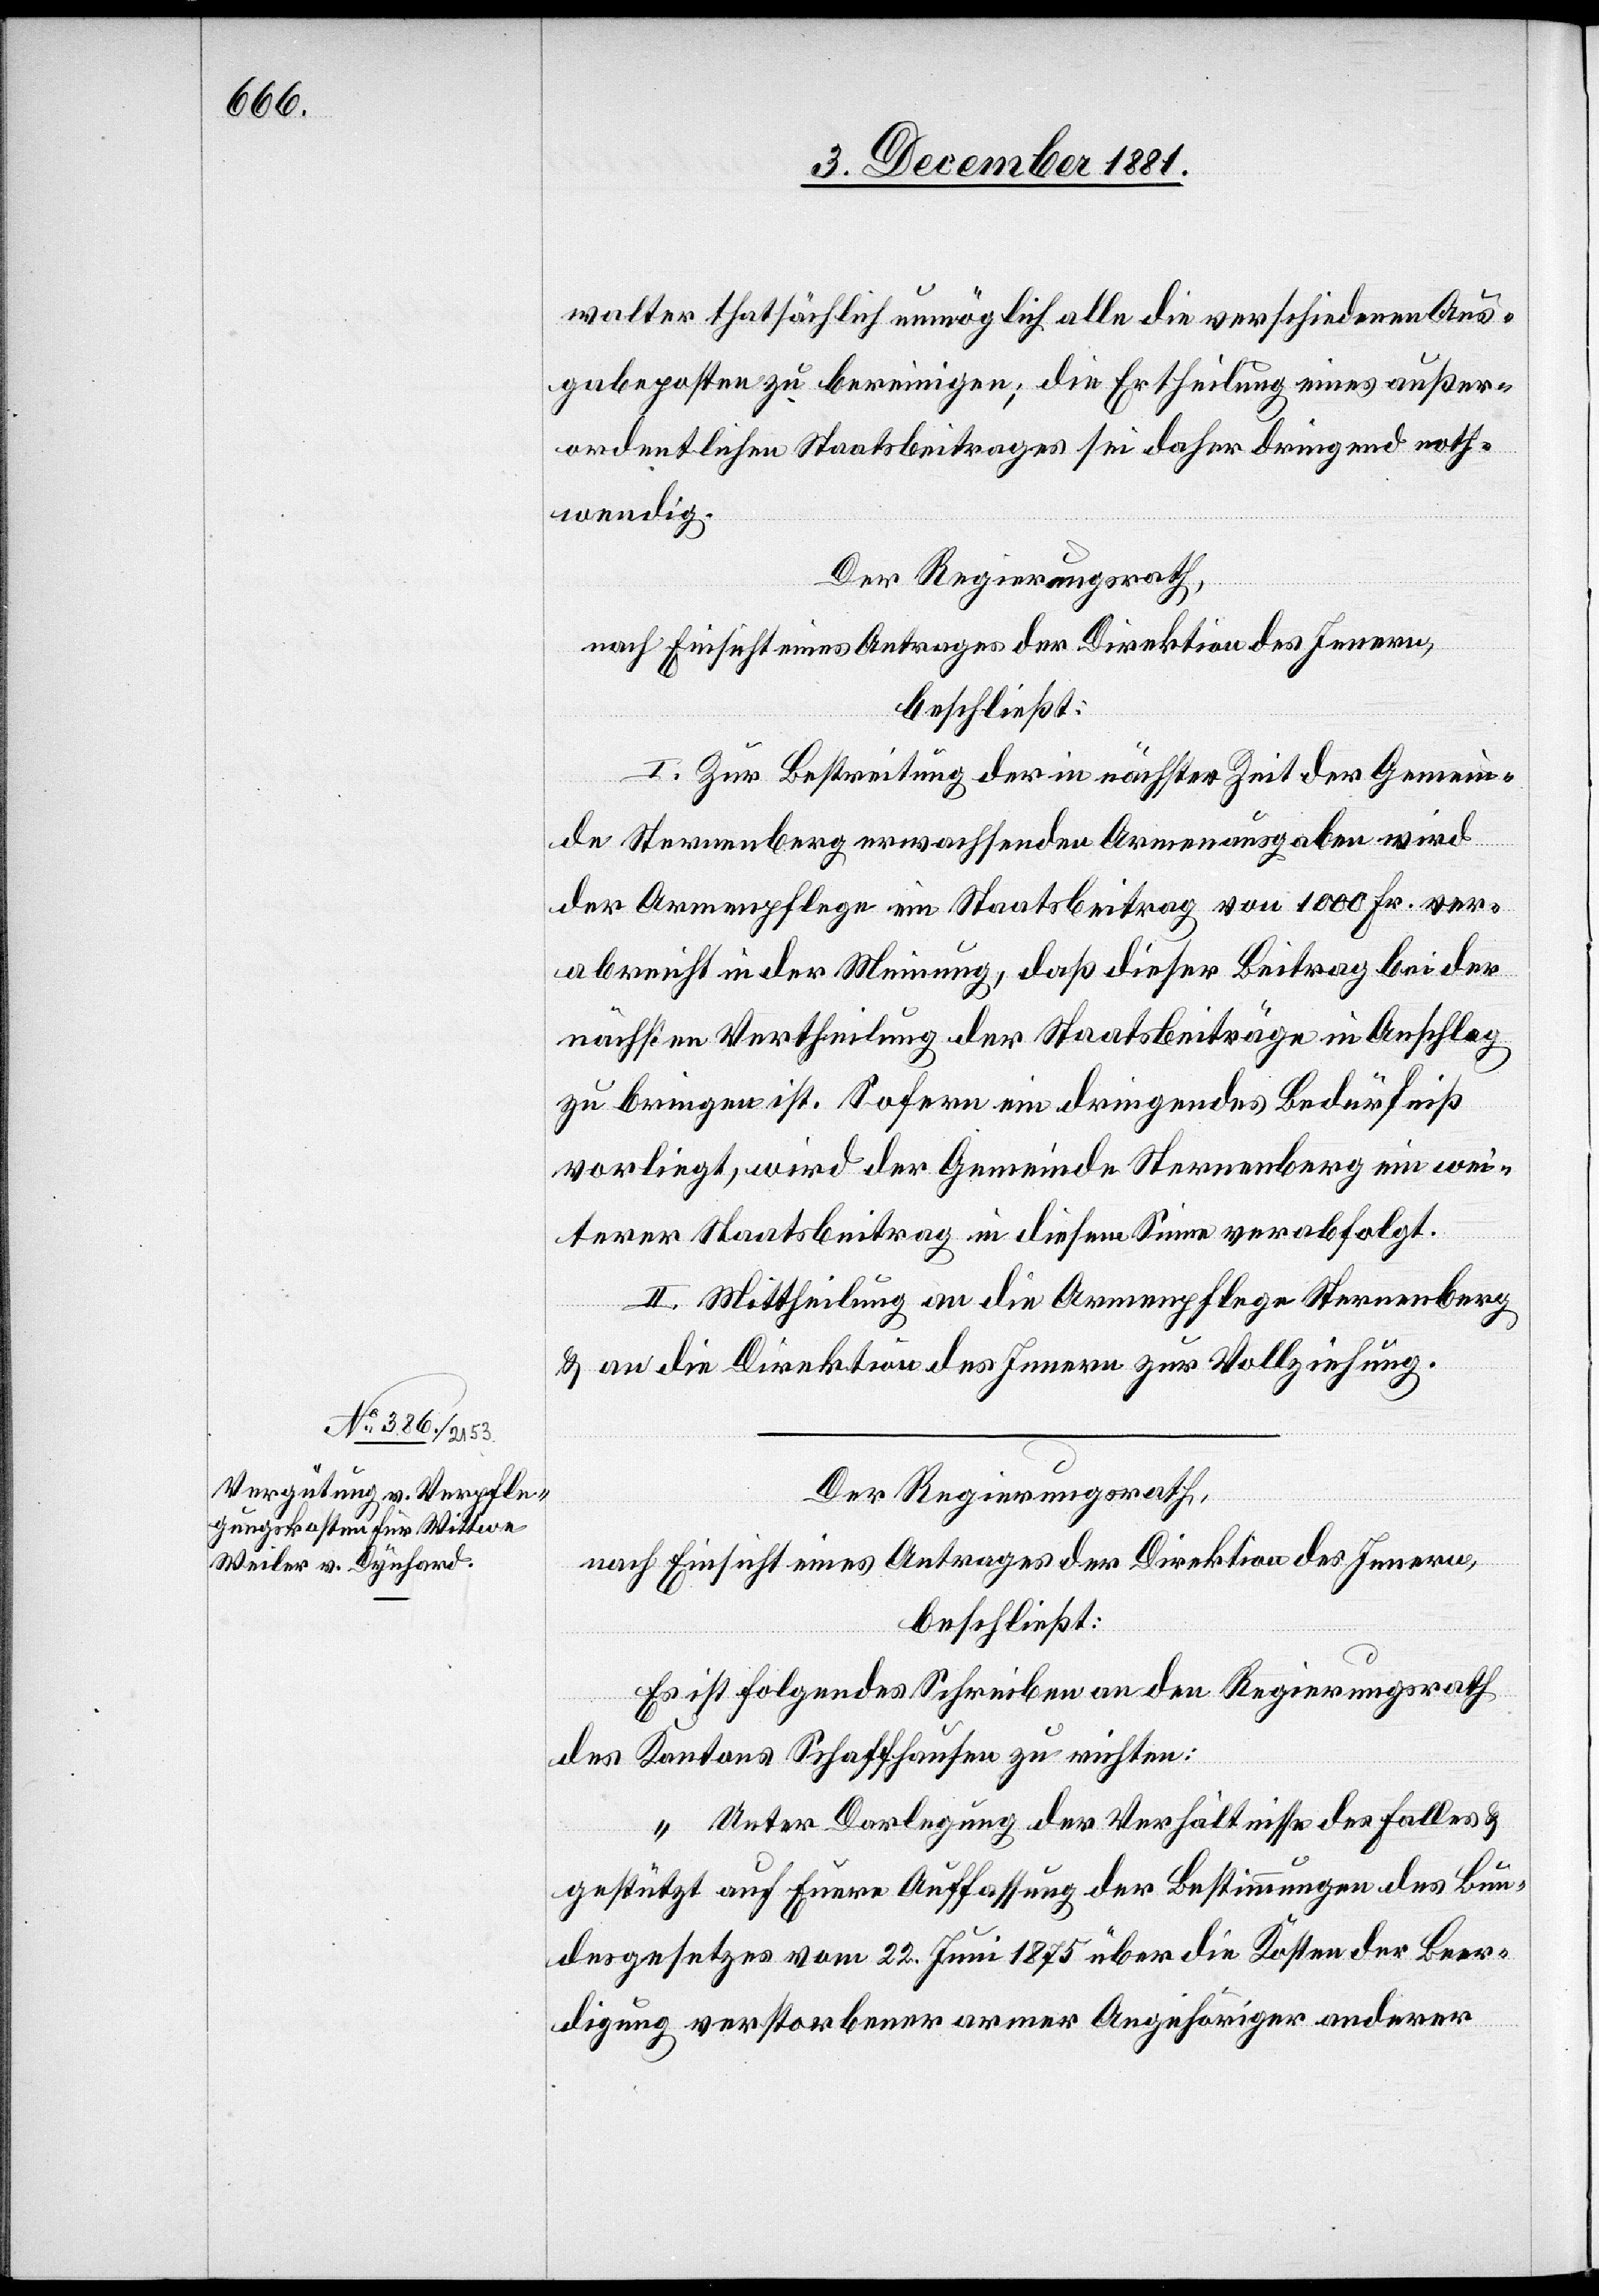
walter thatsächlich unmöglich alle die verschiedenen Aus¬
gabenposten zu bereinigen; die Ertheilung eines außer¬
ordentlichen Staatsbeitrages sei daher dringend noth¬
wendig.
Der Regierungsrath,
nach Einsicht eines Antrages der Direktion des Innern,
beschließt:
I. Zur Bestreitung der in nächster Zeit der Gemein¬
de Sternenberg erwachsenden Armenausgaben wird
der Armenpflege ein Staatsbeitrag von 1000 Fr. ver¬
abreicht in der Meinung, daß dieser Beitrag bei der
nächsten Vertheilung der Staatsbeiträge in Anschlag
zu bringen ist. Sofern ein dringendes Bedürfniß
vorliegt, wird der Gemeinde Sternenberg ein wei¬
terer Staatsbeitrag in diesem Sinne verabfolgt.
II. Mittheilung an die Armenpflege Sternenberg
& an die Direktion des Innern zur Vollziehung.
Der Regierungsrath,
nach Einsicht eines Antrages der Direktion des Innern,
beschließt:
Es ist folgendes Schreiben an den Regierungsrath
des Kantons Schaffhausen zu richten:
„Unter Darlegung der Verhältnisse des Falles &
gestützt auf Euere Auffassung der Bestimmungen des Bun¬
desgesetzes vom 22. Juni 1875 über die Kosten der Beer¬
digung verstorbener armer Angehöriger anderer